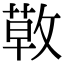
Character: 𢾳